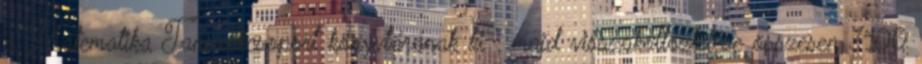
a Matematika Tanszékcsoport könyvtárának ki-, majd visszaköltöztetése összesen 3100